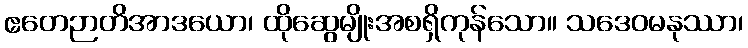
ဧတေဉာတိအာဒယော၊ ထိုဆွေမျိုးအစရှိကုန်သော။ သဒေဝမနုဿာ၊